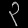
Digit: ၃